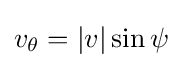
v_{\theta }=|v|\sin \psi